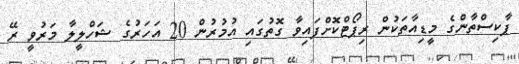
ޕާކިސްތާންގެ މީޑިއާތަކުން ރިޕޯޓްކޮށްފައިވާ ގޮތުގައި އުމުރުން 20 އަހަރުގެ ޝަހްލީލާ މަރުވީ ރޭ